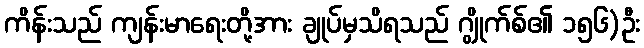
ကိန်းသည် ကျန်းမာရေးတို့အား ချုပ်မှသိရသည် ဂျွိုက်စ်၏ ၁၅၆)ဦး